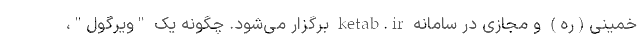
خمینی(ره) و مجازی در سامانه ketab.ir برگزار می‌شود. چگونه یک "ویرگول"،